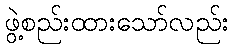
ဖွဲ့စည်းထားသော်လည်း